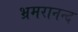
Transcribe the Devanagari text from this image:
भ्रमरानन्‍द